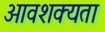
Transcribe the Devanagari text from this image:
आवशक्यता